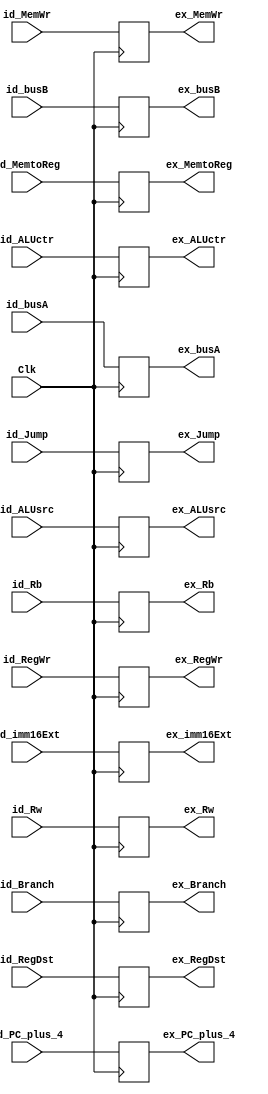
module id_ex(Clk,id_PC_plus_4,id_busA,id_busB,id_Rb,id_Rw,id_imm16Ext,id_RegWr,id_RegDst,id_ALUsrc,id_Branch,id_Jump,id_MemWr,id_MemtoReg,id_ALUctr,
            ex_PC_plus_4,ex_busA,ex_busB,ex_Rb,ex_Rw,ex_imm16Ext,ex_RegWr,ex_RegDst,ex_ALUsrc,ex_Branch,ex_Jump,ex_MemWr,ex_MemtoReg,ex_ALUctr);
        input Clk;
        input [31:2]  id_PC_plus_4;
        input [31:0]  id_busA;
        input [31:0]  id_busB;
        input [4:0]   id_Rb;
        input [4:0]   id_Rw;
        input [31:0]  id_imm16Ext;
        input	        id_RegWr,id_RegDst,id_ALUsrc,id_Branch,id_Jump,id_MemWr,id_MemtoReg;
	      input [2:0]   id_ALUctr;
	      
        output reg [31:2]  ex_PC_plus_4;
        output reg [31:0]  ex_busA;
        output reg [31:0]  ex_busB;
        output reg [4:0]   ex_Rb;
        output reg [4:0]   ex_Rw;
        output reg [31:0]  ex_imm16Ext;
        output reg         ex_RegWr,ex_RegDst,ex_ALUsrc,ex_Branch,ex_Jump,ex_MemWr,ex_MemtoReg;
	    output reg [2:0]   ex_ALUctr;        
	      
	   initial begin
             ex_PC_plus_4 = 30'd0;
             ex_busA      = 32'd0;
             ex_busB      = 32'd0;
             ex_Rb        = 5'd0;
             ex_Rw        = 5'd0;
             ex_imm16Ext  = 32'd0;
	         ex_RegWr     = 0;
	         ex_RegDst    = 0;
	         ex_ALUsrc    = 0;
	         ex_Branch    = 0;
	         ex_Jump      = 0;
	         ex_MemWr     = 0;
	         ex_MemtoReg  = 0;  
             ex_ALUctr    = 3'd0;
	    end
        always @(posedge Clk)
        begin
             ex_PC_plus_4 <= id_PC_plus_4;
             ex_busA      <= id_busA;
             ex_busB      <= id_busB;
             ex_Rb        <= id_Rb;
             ex_Rw        <= id_Rw;
             ex_imm16Ext  <= id_imm16Ext;
            
            //control
             ex_RegWr     <= id_RegWr;
             ex_RegDst    <= id_RegDst;
             ex_ALUsrc    <= id_ALUsrc;
             ex_Branch    <= id_Branch;
             ex_Jump      <= id_Jump;
             ex_MemWr     <= id_MemWr;
             ex_MemtoReg  <= id_MemtoReg;
             ex_ALUctr    <= id_ALUctr;
        end
endmodule